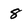
Character: 8